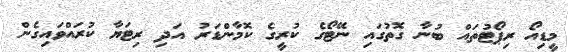
މީޑިއޯ ރިޕޯޓުތައް ބުނާ ގޮތުގައި ނޭޓޯގެ ކުރީގެ ކޮމާންޑަރު އަދި ރިޓަޔާ ކުރައްވައިގެން